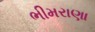
ભીમરાણા